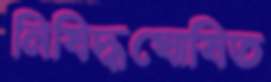
নিষিদ্ধঘোষিত